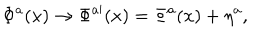
\Phi ^ { a } ( x ) \to \Phi ^ { a \prime } ( x ) = \Phi ^ { a } ( x ) + \eta ^ { a } ,